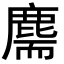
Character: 𪊫